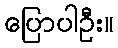
ပြောပါဦး။